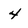
Character: 4